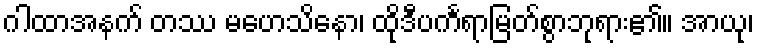
ဂါထာအနက် တဿ မဟေသိနော၊ ထိုဒီပင်္ကရာမြတ်စွာဘုရား၏။ အာယု၊